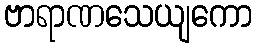
ဗာရာဏသေယျကော